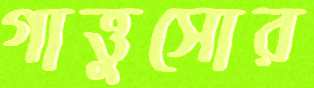
গাত্তুসোর